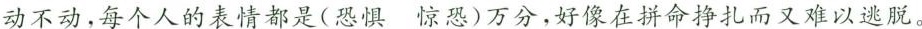
动不动，每个人的表情都是(恐惧 惊恐)万分，好像在拼命挣扎而又难以逃脱。